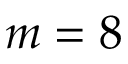
m = 8